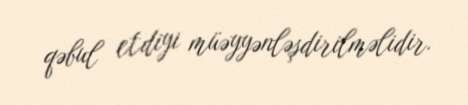
qəbul etdiyi müəyyənləşdirilməlidir.